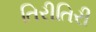
તિરીતિરી